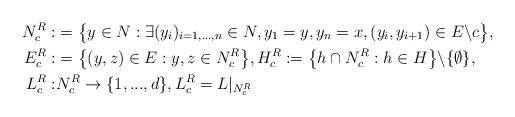
LaTeX: \begin{align*}N_c^R:&= \big\{ y\in N: \exists (y_i)_{i=1, ..., n}\in N, y_1 = y, y_n=x, (y_i, y_{i+1})\in E\backslash c \big\}, \\E_c^R:&= \big\{ (y,z)\in E: y,z\in N_c^R \big\}, H_c^R:= \big\{ h\cap N_c^R: h\in H \big\}\backslash \{ \emptyset \}, \\L_c^R:& N_c^R \to \{1, ..., d\}, L_c^R = L|_{N_c^R}\end{align*}